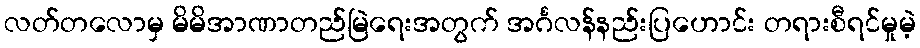
လတ်တလောမှ မိမိအာဏာတည်မြဲရေးအတွက် အင်္ဂလန်နည်းပြဟောင်း တရားစီရင်မှုမဲ့